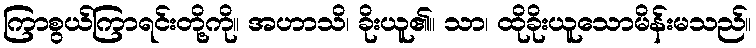
ကြာစွယ်ကြာရင်းတို့ကို။ အဟာသိ၊ ခိုးယူ၏။ သာ၊ ထိုခိုးယူသောမိန်းမသည်။